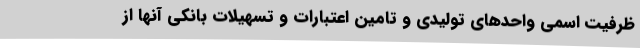
ظرفیت اسمی واحدهای تولیدی و تامین اعتبارات و تسهیلات بانکی آنها از